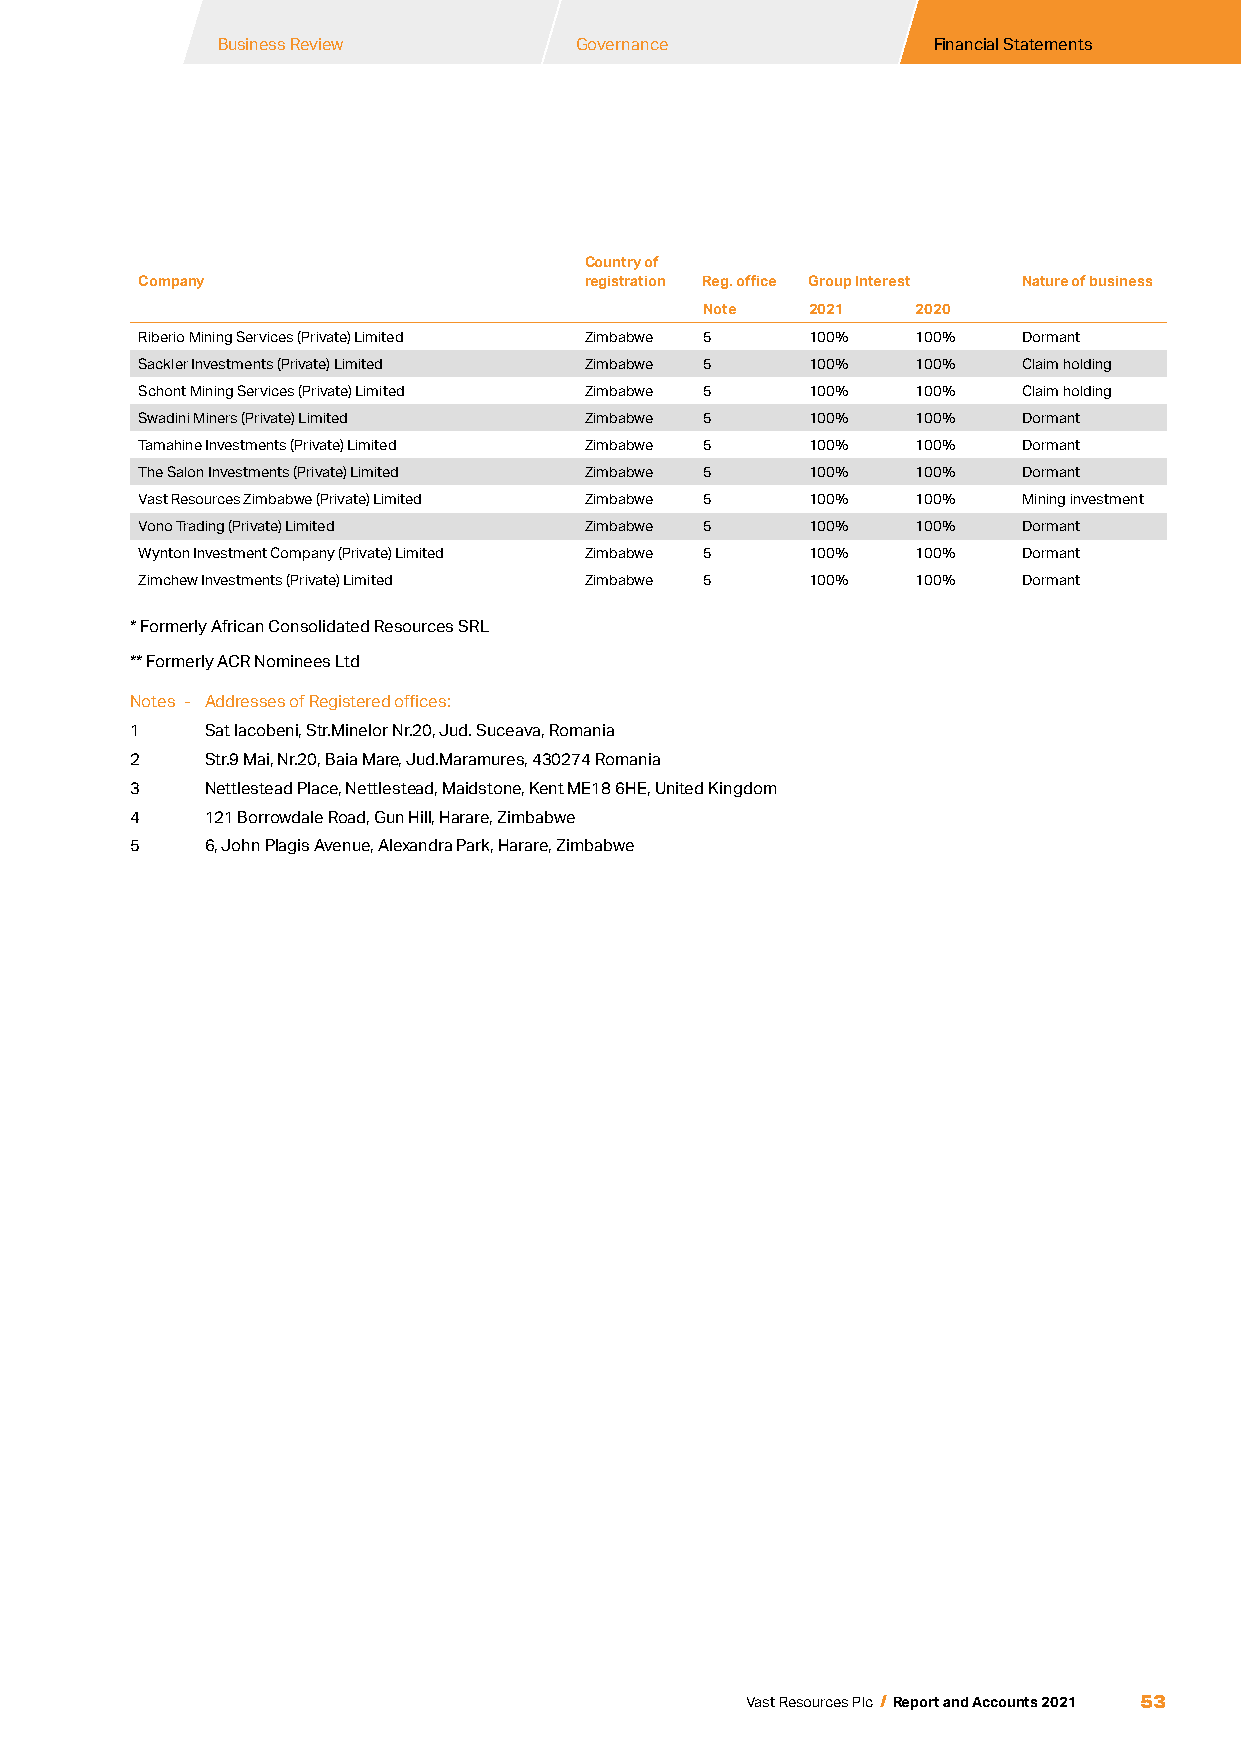
Business Review        Governance              Financial Statements
 Country of
 Company                       registration Reg. office Group Interest Nature of business
 Note   2021   2020
 Riberio Mining Services (Private) Limited Zimbabwe 5 100% 100% Dormant
 Sackler Investments (Private) Limited Zimbabwe 5 100% 100% Claim holding
 Schont Mining Services (Private) Limited Zimbabwe 5 100% 100% Claim holding
 Swadini Miners (Private) Limited Zimbabwe 5  100%   100%   Dormant
 Tamahine Investments (Private) Limited Zimbabwe 5 100% 100% Dormant
 The Salon Investments (Private) Limited Zimbabwe 5 100% 100% Dormant
 Vast Resources Zimbabwe (Private) Limited Zimbabwe 5 100% 100% Mining investment
 Vono Trading (Private) Limited Zimbabwe 5    100%   100%   Dormant
 Wynton Investment Company (Private) Limited Zimbabwe 5 100% 100% Dormant
 Zimchew Investments (Private) Limited Zimbabwe 5 100% 100% Dormant
 * Formerly African Consolidated Resources SRL
 ** Formerly ACR Nominees Ltd
 Notes - Addresses of Registered offices:
 1    Sat Iacobeni, Str.Minelor Nr.20, Jud. Suceava, Romania
 2    Str.9 Mai, Nr.20, Baia Mare, Jud.Maramures, 430274 Romania
 3    Nettlestead Place, Nettlestead, Maidstone, Kent ME18 6HE, United Kingdom
 4    121 Borrowdale Road, Gun Hill, Harare, Zimbabwe
 5    6, John Plagis Avenue, Alexandra Park, Harare, Zimbabwe
 53
 Vast Resources Plc / Report and Accounts 2021